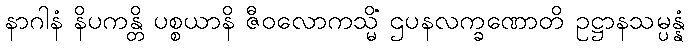
နာဂါနံ နိပကန္တိ ပစ္စယာနိ ဇီဝလောကသ္မိံ ဌပနလက္ခဏောတိ ဥဋ္ဌာနသမ္ပန္နံ